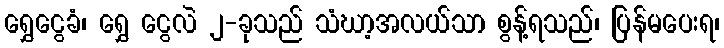
ရွှေငွေခံ၊ ရွှေ ငွေလဲ ၂-ခုသည် သံဃာ့အလယ်သာ စွန့်ရသည်၊ ပြန်မပေးရ၊